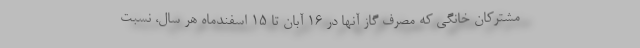
مشترکان خانگی که مصرف گاز آنها در ۱۶ آبان تا ۱۵ اسفندماه هر سال، نسبت